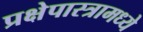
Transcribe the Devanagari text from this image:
प्रक्षेपास्त्रामध्ये